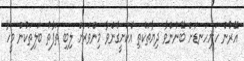
އޭރުން ހަށިހަނޑަށް ބޭނުންވާ ދިޔާތަކެތި އެކަށީގެންވާ މިންވަރަށް ލިބި ތަފާތު ބަލިތަކުން މީހާ